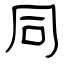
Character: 同